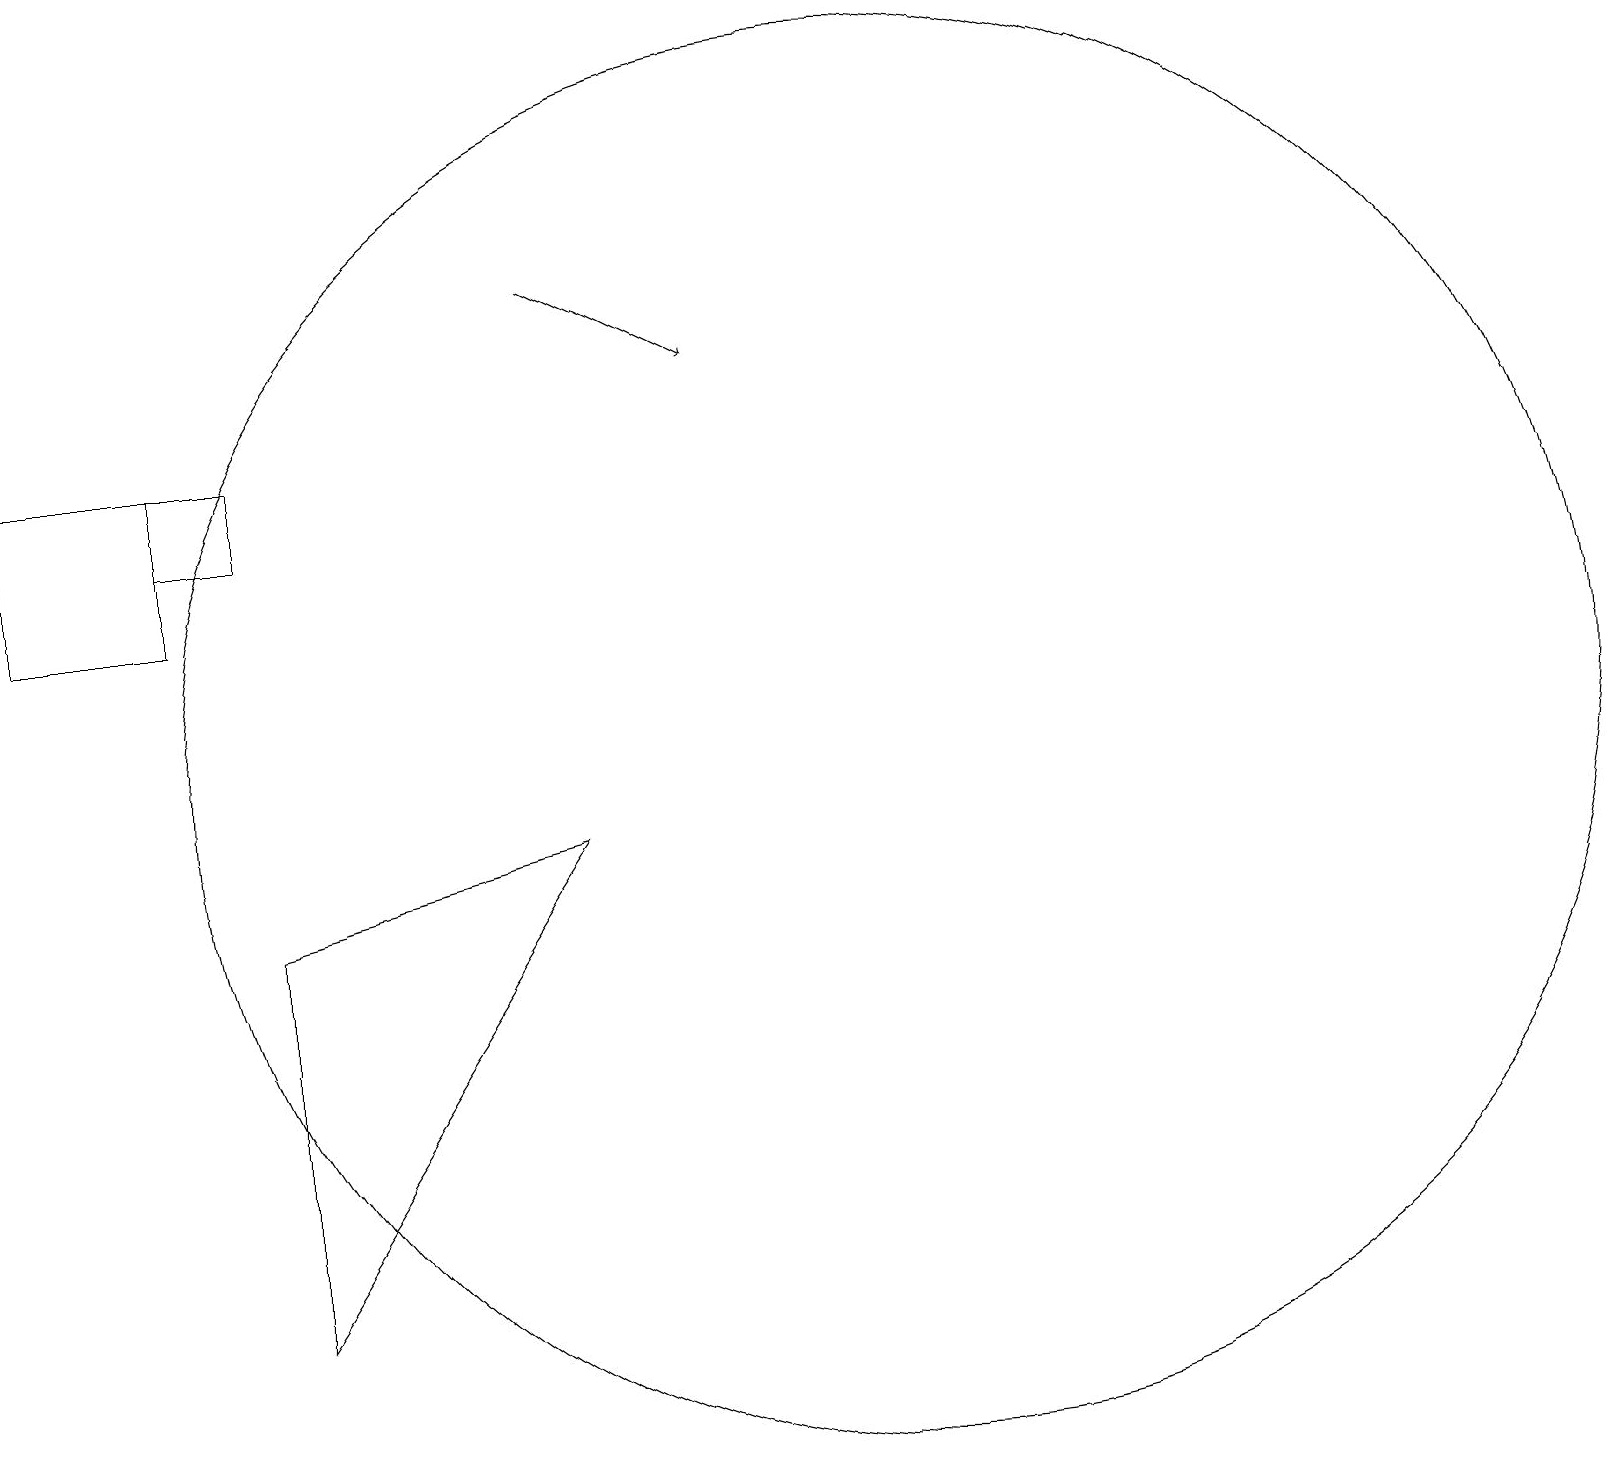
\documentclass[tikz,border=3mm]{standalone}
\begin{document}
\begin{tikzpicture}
\draw (3,3) -- (3,8) -- (7,9) -- cycle;
\draw[->] (7,16) -- (9,15);
\draw (11,10) circle (9);
\draw (2,14) rectangle (0,12);
\draw (3,14) rectangle (2,13);
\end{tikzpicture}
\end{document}